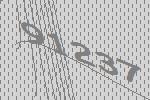
91237